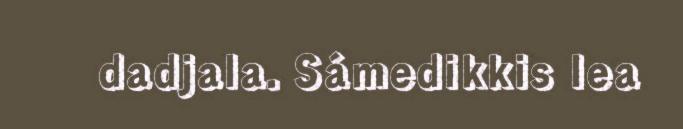
dadjala. Sámedikkis lea